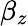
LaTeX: \beta_{z}